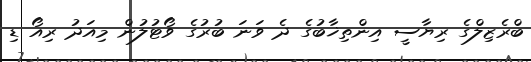
ބްރެޒިލްގެ ރިޔާސީ އިންތިޚާބުގެ ދެ ވަނަ ބުރުގެ ވޯޓުލުން މިއަދު ރިއޯ ޑި